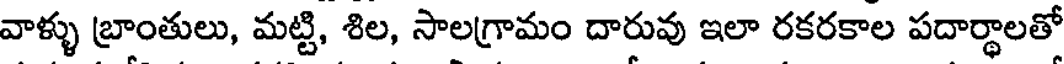
వాళ్ళు బ్రాంతులు, మట్టి, శిల, సాలగ్రామం దారువు ఇలా రకరకాల పదార్థాలతో